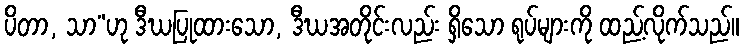
ပိတာ, သာ”ဟု ဒီဃပြုထားသော, ဒီဃအတိုင်းလည်း ရှိသော ရုပ်များကို ထည့်လိုက်သည်။